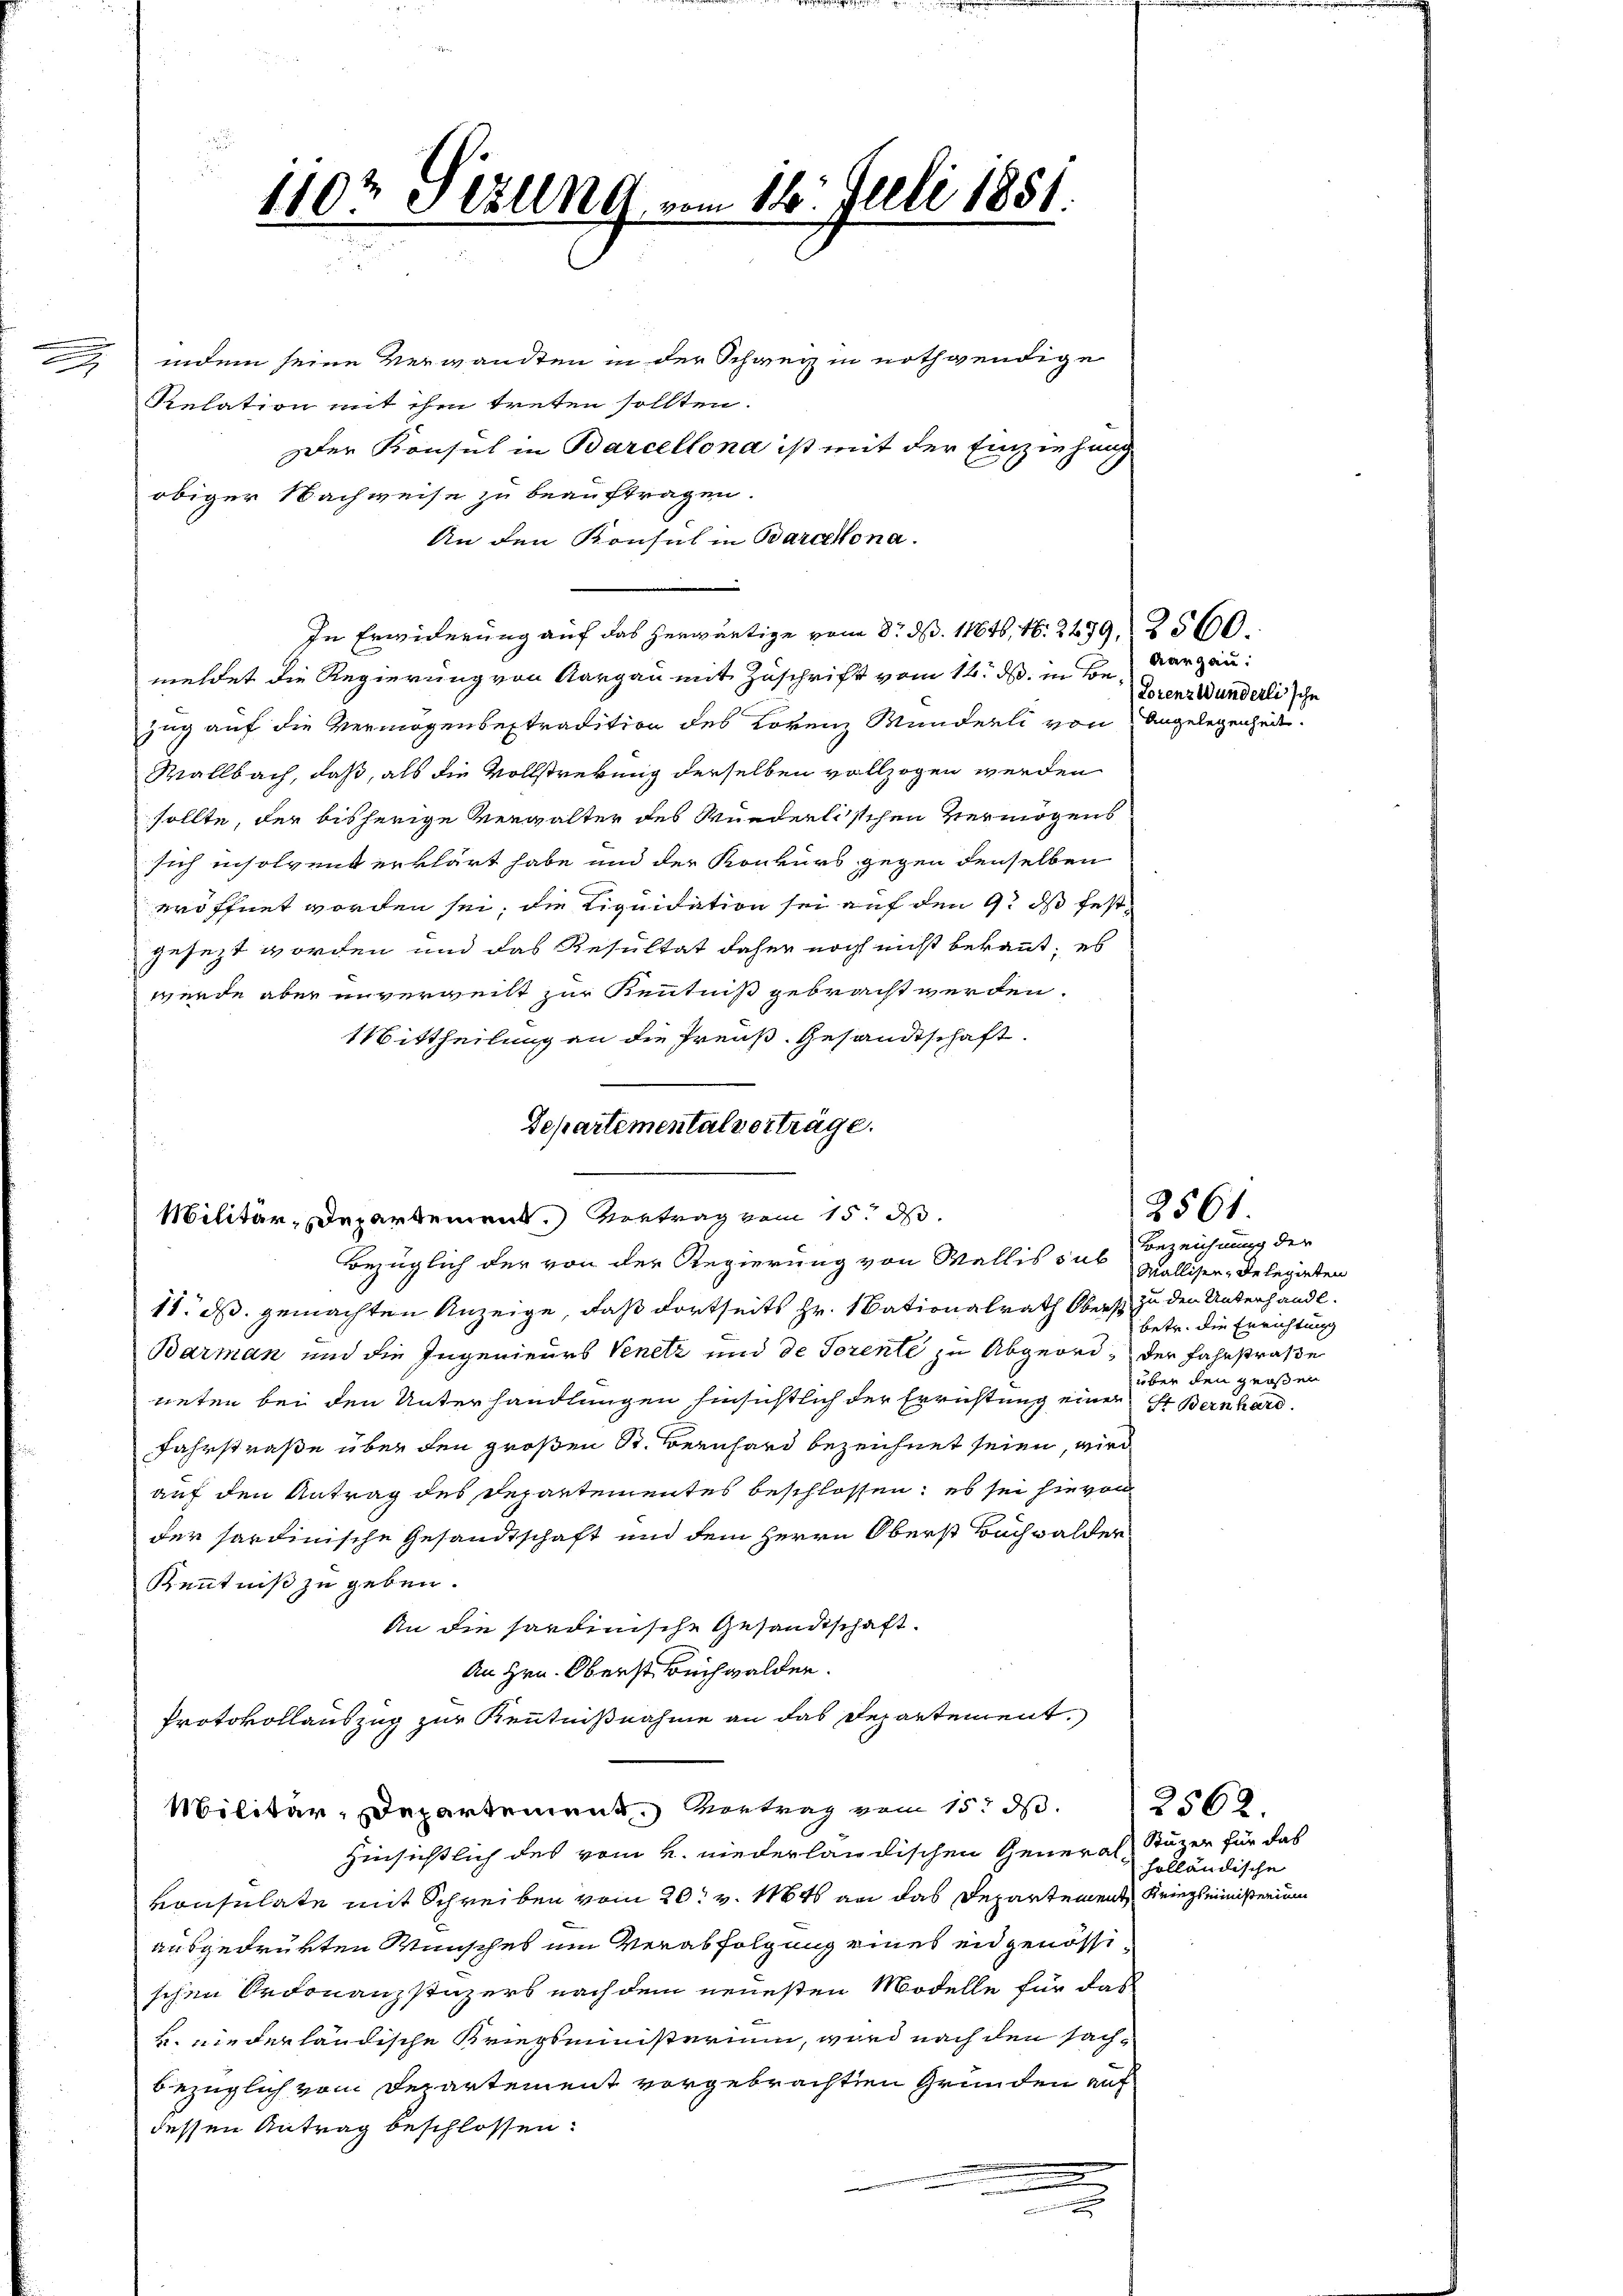
d

indem seine Verwandten in der Schweiz in nothwendige
Relation mit ihm treten sollten.
Der Konsul in Barcellona ist mit der Einziehung
obiger Nachweise zu beauftragen.
An den Konsul in Barakona.
In Erwiderung auf das herwärtige vom 8t d. 11846, N. 2499, 2560.
meldet die Regierung von Aargau mit Zuschrift vom 14. d. in Bezug auf die Vermögenbestradition des Lorenz Munderli von Angelegenheit.
Wallbach, daß, als die Vollstrekung derselben vollzogen werden
sollte, der bisherige Vergalter des Würderlischen Vermögens
sich insolvent erklärt habe und der Konkurs gegen denselben
eröffnet worden sei, die Liquidation sei auf den 9t ds festgesezt worden und das Resultat daher noch nicht bekannt; es
werde aber unverweilt zur Kenntniß gebracht werden.
Mittheilung an die Preuß. Gesandtschaft.
11. ds. gemachten Anzeige, daß dortseits Hr. Nationalrath Oberst zu den Unterhandl.
Barman und die Ingenieurs Venetz und de Torente zu Abgeord, der Fahrstraße
neten bei den Unterhandlungen hinsichtlich der Errichtung einer St. Bernhard
Fahrstraße über den großen St. Bernhard bezeichnet seien, wird
auf den Antrag des Departementes beschlossen; es sei hievon
der hartinische Gesandtschaft und dem Herrn Oberst Buchwalder
Kenntniß zu geben.
An die sardinische Gesandtschaft.
An Hrn. Oberst Beihwalden.
Protokollauszug zur Kenntnißnahme an das Departement.
Militär-Departement Vertrag vom 15. d. 2562.
hinsichtlich des vom 4. niederländischen General-Suzer für das
vonsulate mit Schreiben vom 20t v. 1846 an das Departement Kriegsministerium
ausgedrükten Wünsches um Verabfolgung eines en genössi
schen Ordonanzstüzers nach dem neuesten Modelle für daß
B. niederländische Kriegsministerium, wird nach den sachbezüglich vom Departement vorgebrachten Gründen auf
dessen Antrag beschlossen:

.

1102 Sillng vom 16. Juli 1851.

Departementalverträge.
Militär-Departement.) Vortrag vom 15. d.
Bezüglich der von der Regierung von Wallis sub

Aargau:
Lorenz Wunderli sche

2561.

Bezeichnung der
Malliser, gelegirten
betr. die Errichtung
über den großen

holländische